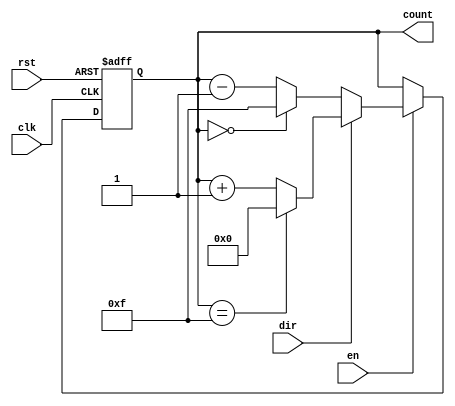
module multi_bit_counter #(
    parameter N = 4 // Configurable bit-width (default is 4 bits)
)(
    input wire clk,      // Clock signal
    input wire rst,      // Asynchronous reset signal
    input wire en,       // Enable signal
    input wire dir,      // Direction signal (1 for increment, 0 for decrement)
    output reg [N-1:0] count // Current count value (N-bit output)
);

// Asynchronous reset and synchronous counting
always @(posedge clk or posedge rst) begin
    if (rst) begin
        // Reset the counter to zero
        count <= 0;
    end else if (en) begin
        // Increment or decrement the counter based on direction
        if (dir) begin
            // Increment and handle overflow
            count <= (count == {N{1'b1}}) ? 0 : count + 1; // Wrap around to 0
        end else begin
            // Decrement and handle underflow
            count <= (count == 0) ? {N{1'b1}} : count - 1; // Wrap around to max value
        end
    end
end

endmodule